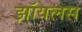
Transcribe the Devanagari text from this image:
झॉयलस